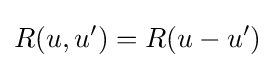
R(u,u')=R(u-u')